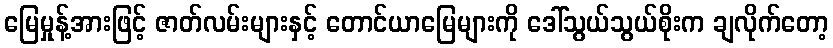
မြေမှုန့်အားဖြင့် ဇာတ်လမ်းများနှင့် တောင်ယာမြေများကို ဒေါ်သွယ်သွယ်စိုးက ချလိုက်တော့